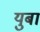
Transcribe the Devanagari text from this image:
युबा